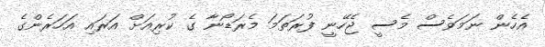
އެހެން ނަމަވެސް މެސީ ޖެހޭނީ ފުރަތަމަ މެރަޑޯނާ ގެ ކުރިއަށް އަރައި އަހަރެންގެ